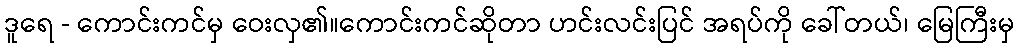
ဒူရေ - ကောင်းကင်မှ ဝေးလှ၏။ကောင်းကင်ဆိုတာ ဟင်းလင်းပြင် အရပ်ကို ခေါ်တယ်၊ မြေကြီးမှ